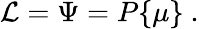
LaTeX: {\cal L}=\Psi=P\{ \mu\} \ .